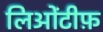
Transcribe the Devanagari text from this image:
लिओंटीफ़